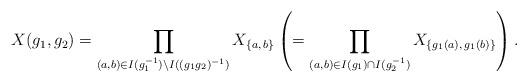
LaTeX: \begin{align*} X(g_{1}, g_{2})=\prod_{(a,b)\in I(g_{1}^{-1})\backslash I((g_{1}g_{2})^{-1})} X_{\{a,\,b\}} \left(=\prod_{(a,b)\in I(g_{1})\cap I(g_{2}^{-1})} X_{\{g_{1}(a),\,g_{1}(b)\}} \right).\end{align*}